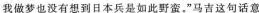
我做梦也没有想到日本兵是如此野蛮.”马吉这句话意